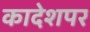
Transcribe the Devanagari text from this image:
कादेशपर